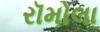
રૉમોલા